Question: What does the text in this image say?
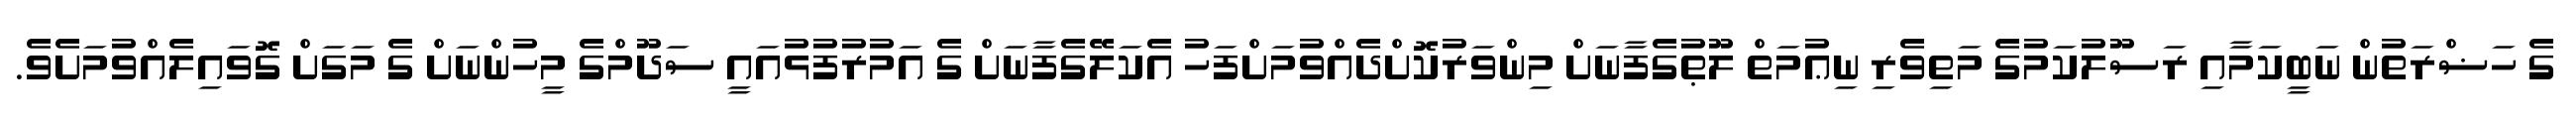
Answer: ގެ ހަޟްރަތުން ނަބީކަމާއި ރަސޫލުކަމުގެ މަތިވެރި ނިޢުމަތް ލޫޠުގެފާނަށް މިންވަރުކޮށްދެއްވުމަށްފަހު އެކަލޭގެފާނަށް ގެ އަމުރުފުޅުއައީ ސަދޫމްގެ މީހުންނަށް ގެ މަގަށް ގޮވައިލެއްވުމަށެވެ.